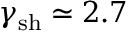
\gamma _ { \mathrm { s h } } \simeq 2 . 7